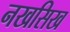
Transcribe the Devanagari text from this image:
नखसिख